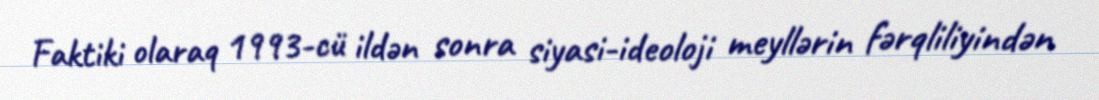
Faktiki olaraq 1993-cü ildən sonra siyasi-ideoloji meyllərin fərqliliyindən